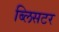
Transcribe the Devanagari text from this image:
ब्लिसटर